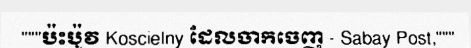
"""ប៉ះប៉ូវ Koscielny ដែលចាកចេញ - Sabay Post,"""